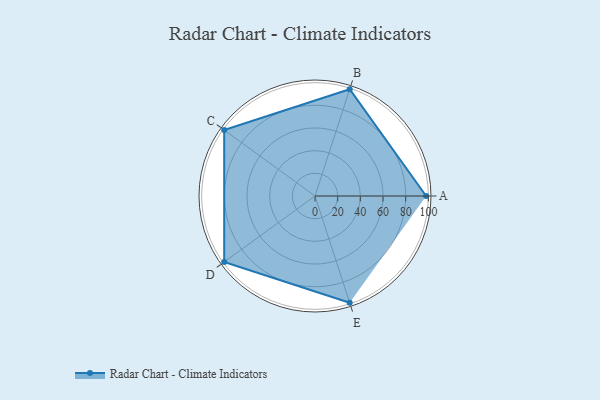
{"axis": {"x": "Skill", "y": "Score"}, "legend": ["Profile"], "data": [{"x": "A", "y": 98.0, "type": "Profile"}, {"x": "B", "y": 99, "type": "Profile"}, {"x": "C", "y": 99, "type": "Profile"}, {"x": "D", "y": 99, "type": "Profile"}, {"x": "E", "y": 99, "type": "Profile"}]}